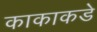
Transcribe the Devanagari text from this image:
काकाकडे